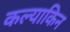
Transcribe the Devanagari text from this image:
कल्याकिन